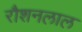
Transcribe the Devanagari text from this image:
रौशनलाल